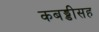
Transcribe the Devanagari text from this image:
कबड्डीसह